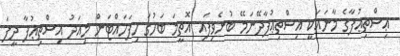
ޢިސްތިޢުފާގެ މާނައަކީ އިސްތިޢުފާދޭނަމޭ ބުނެވިފައި އޮތީމަ ބަހުގަ ހިފަހައްޓަން މިއަދު އިސްތިޢުފާ ދީފަ